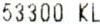
53300 KL